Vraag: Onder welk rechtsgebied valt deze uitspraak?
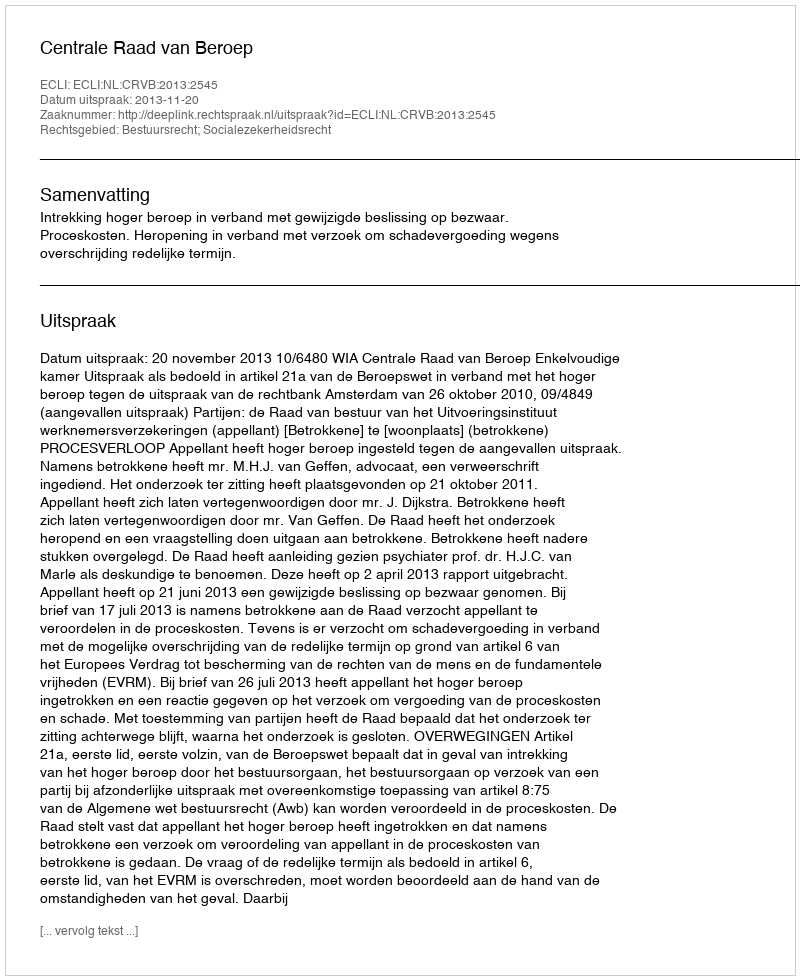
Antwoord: Bestuursrecht; Socialezekerheidsrecht